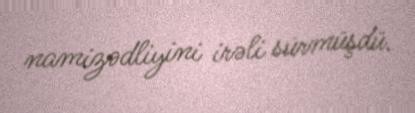
namizədliyini irəli sürmüşdü.